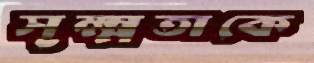
সূক্ষ্মতাকে